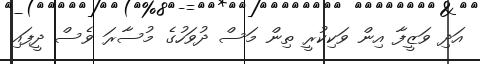
އަދި ވަޒީފާ އިން ވަކިކުރީ ތިން މަސް ދުވަހުގެ މުސާރަ ވެސް ދީފައި